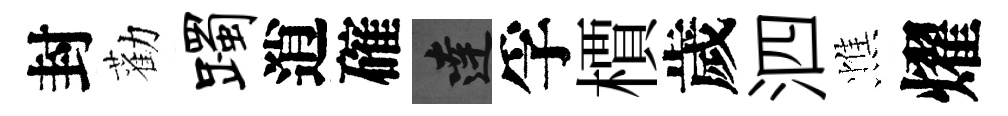
封勸躅逍確達孚檟歲泗憔燿